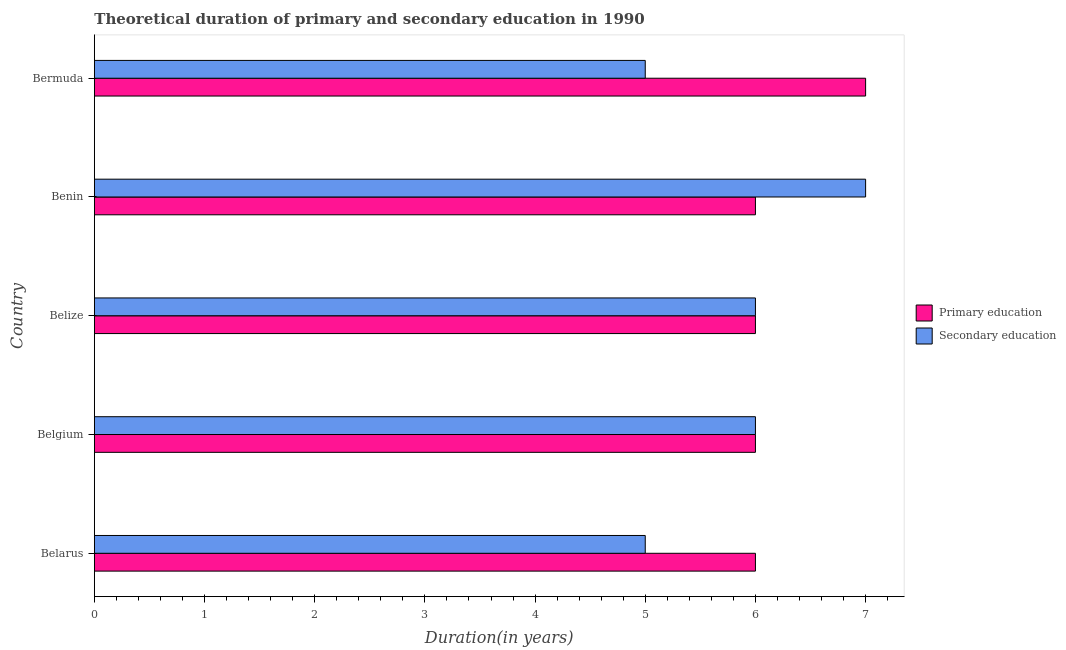
| Country | Primary education | Secondary education |
 | --- | --- | --- |
 | Belarus | 6 | 5 |
 | Belgium | 6 | 6 |
 | Belize | 6 | 6 |
 | Benin | 6 | 7 |
 | Bermuda | 7 | 5 |